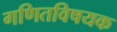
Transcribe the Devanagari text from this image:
गणितविषयक